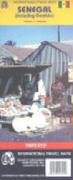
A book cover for Senegal Map; International Travel Maps; Travel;